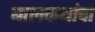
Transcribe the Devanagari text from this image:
बालकथांचा